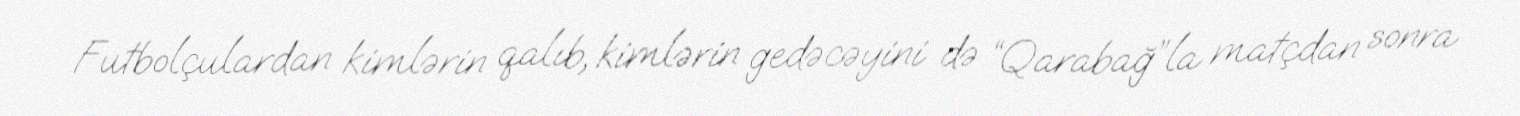
Futbolçulardan kimlərin qalıb, kimlərin gedəcəyini də “Qarabağ”la matçdan sonra